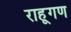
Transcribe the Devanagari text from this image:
राहूगण